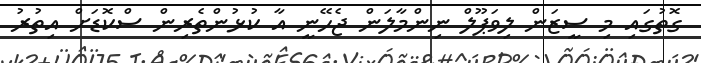
ގޮތުގައި މި ސީޒަން ލިވަޕޫލް ނިންމާލަން ޖެހޭނީ އާ ކުޅުންތެރިން ސްކޮޑަށް އިތުރު